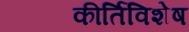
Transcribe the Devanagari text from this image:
कीर्तिविशेष